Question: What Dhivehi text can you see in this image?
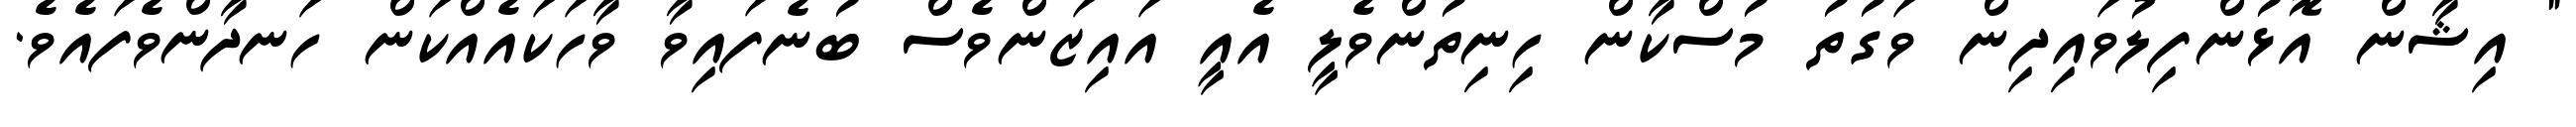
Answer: " އިޝާން އޮޅުންފިލުވައިދިން ވަގުތު މުސްކާން ހިނިތުންވެލީ އެއީ އައިޒަންވެސް ބުނެފައިވާ ވާހަކައެއްކަން ހަނދާންވެފައެވެ.